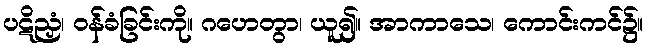
ပဋိညှံ၊ ဝန်ခံခြင်းကို။ ဂဟေတွာ၊ ယူ၍။ အာကာသေ၊ ကောင်းကင်၌။